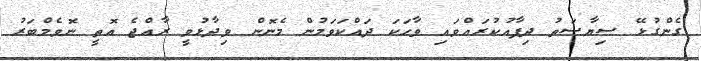
ގެންގުޅޭ ސިޔާސަތު ދިފާއުކުރައްވައި ވާހަކަ ދައްކަވަމުން މެނޮން ވިދާޅުވީ ރާއްޖެ އޮތީ ނޮވެމްބަރު